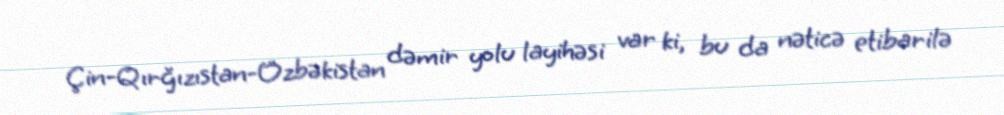
Çin-Qırğızıstan-Özbəkistan dəmir yolu layihəsi var ki, bu da nəticə etibarilə